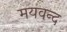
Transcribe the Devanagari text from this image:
मयवन्द